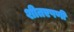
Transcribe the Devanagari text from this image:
शीतएषणी